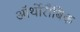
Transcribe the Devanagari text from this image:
ऑर्थोरौबिक